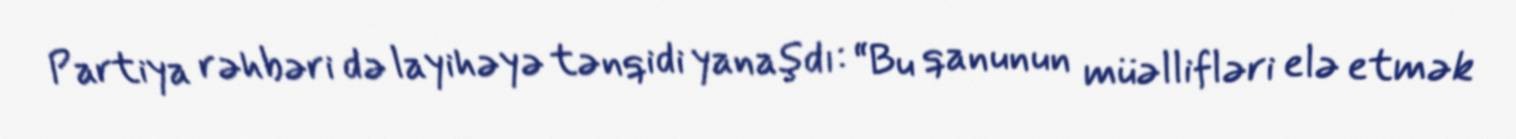
Partiya rəhbəri də layihəyə tənqidi yanaşdı: “Bu qanunun müəllifləri elə etmək